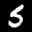
Label: 5